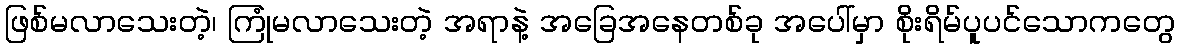
ဖြစ်မလာသေးတဲ့၊ ကြုံမလာသေးတဲ့ အရာနဲ့ အခြေအနေတစ်ခု အပေါ်မှာ စိုးရိမ်ပူပင်သောကတွေ